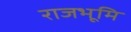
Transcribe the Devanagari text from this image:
राजभूमि